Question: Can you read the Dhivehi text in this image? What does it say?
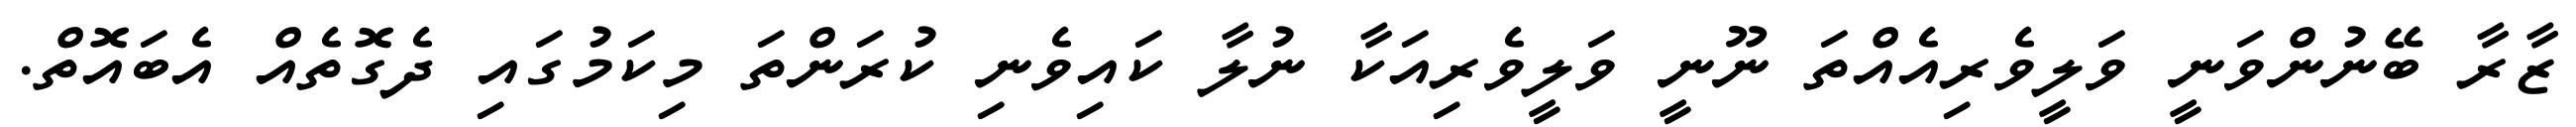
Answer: ޒާރާ ބޭނުންވަނީ ވަލީވެރިއެއްތަ ނޫނީ ވަލީވެރިއަކާ ނުލާ ކައިވެނި ކުރަންތަ މިކަމުގައި ދެގޮތެއް އެބައޮތް.